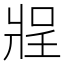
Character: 𰠔